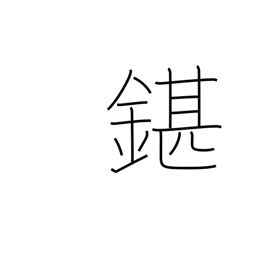
Meaning: unsatisfactory